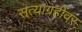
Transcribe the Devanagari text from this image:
सत्याग्रहींवर